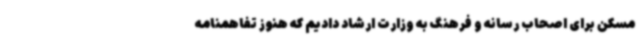
مسکن برای اصحاب رسانه و فرهنگ به وزارت ارشاد دادیم که هنوز تفاهمنامه